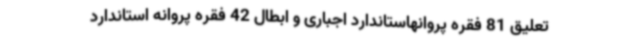
تعلیق 81 فقره پروانهاستاندارد اجباری و ابطال 42 فقره پروانه استاندارد